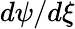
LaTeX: d\psi/d\xi